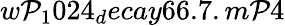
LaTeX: w\mathcal{P}_{1}024_{d}ecay66.7.m\mathcal{P}4